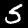
Label: 5